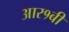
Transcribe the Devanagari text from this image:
आर१बी